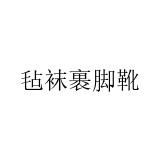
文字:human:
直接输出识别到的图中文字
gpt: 毡袜裹脚靴